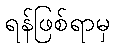
ရန်ဖြစ်ရာမှ